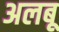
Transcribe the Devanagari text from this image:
अलबू